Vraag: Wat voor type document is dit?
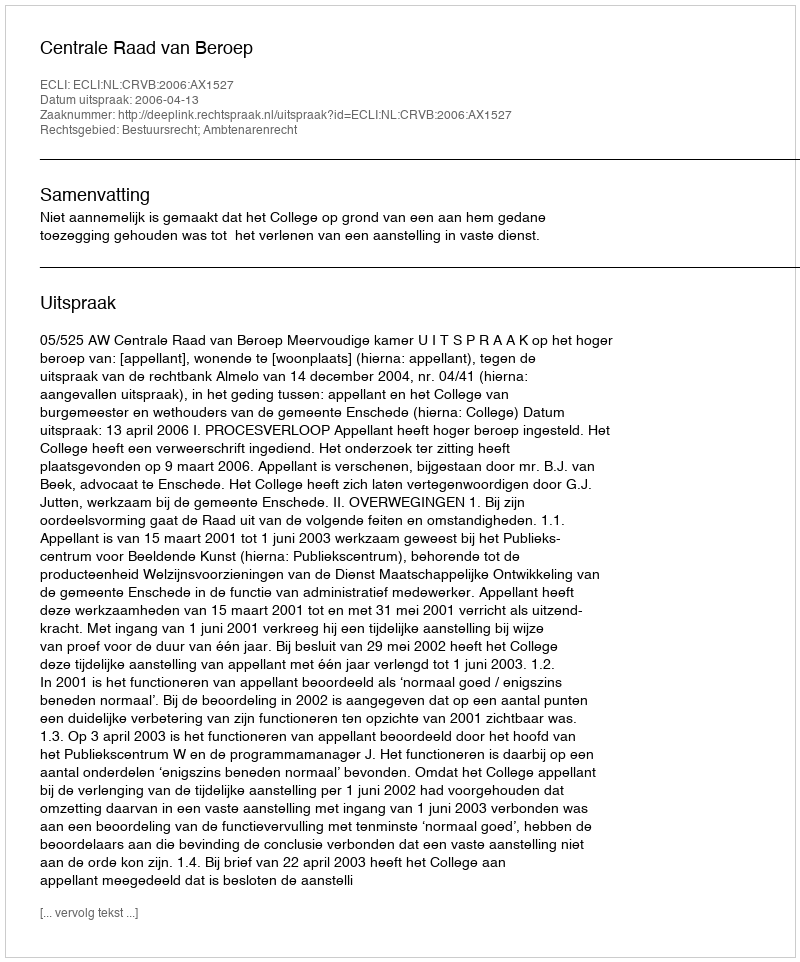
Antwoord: Uitspraak